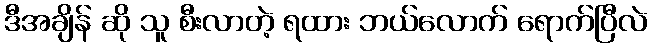
ဒီအချိန် ဆို သူ စီးလာတဲ့ ရထား ဘယ်လောက် ရောက်ပြီလဲ